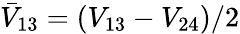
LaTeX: \bar{V}_{13}=(V_{13}-V_{24})/2